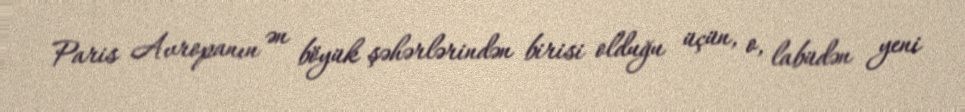
Paris Avropanın ən böyük şəhərlərindən birisi olduğu üçün, o, labüdən yeni